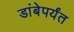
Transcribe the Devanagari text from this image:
डांबेपर्यंत